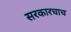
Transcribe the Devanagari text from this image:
सरकारचाच